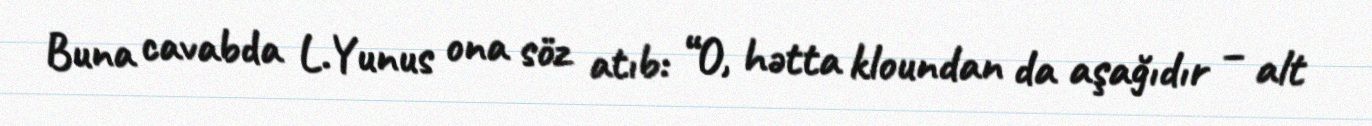
Buna cavabda L.Yunus ona söz atıb: “O, hətta kloundan da aşağıdır – alt